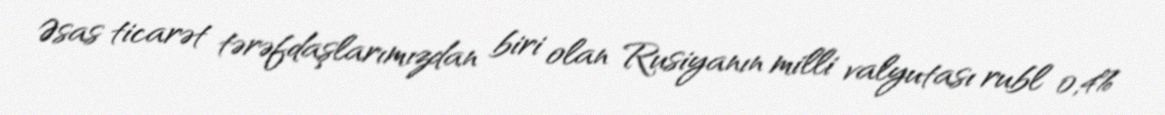
Əsas ticarət tərəfdaşlarımızdan biri olan Rusiyanın milli valyutası rubl 0,4%